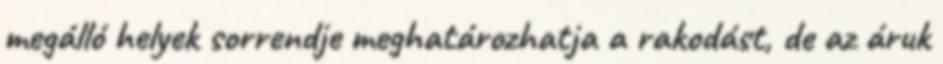
megálló helyek sorrendje meghatározhatja a rakodást, de az áruk